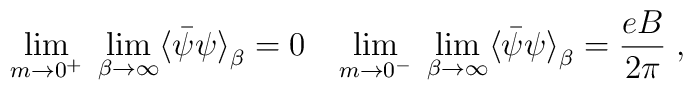
\lim_{m \rightarrow 0^+} \; \lim_{\beta \rightarrow \infty} \langle {\bar {\psi}} \psi {\rangle}_{\beta} = 0 \;\;\;     \lim_{m \rightarrow 0^-} \; \lim_{\beta \rightarrow \infty} \langle {\bar {\psi}} \psi {\rangle}_{\beta}= \frac {eB} {2 \pi} \; ,